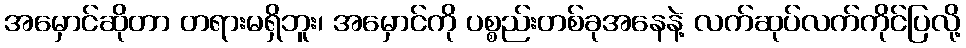
အမှောင်ဆိုတာ တရားမရှိဘူး၊ အမှောင်ကို ပစ္စည်းတစ်ခုအနေနဲ့ လက်ဆုပ်လက်ကိုင်ပြလို့